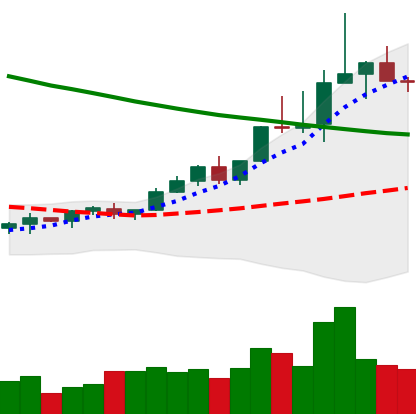
Ticker: TRX-USD
Chart end date: 2022-04-03
Forward return: -14.542%
Label: down_7plus